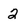
Character: 2